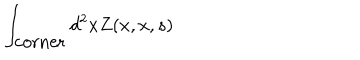
LaTeX: \int _ { \mathrm { c o r n e r } } d ^ { 2 } x Z ( x , x , s )